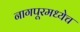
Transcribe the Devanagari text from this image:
नागपूरमध्येच